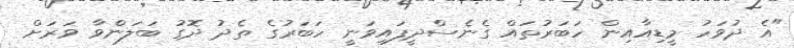
"އެ ދުވަހު މީޑިއާއިން ހަބަރުތައް ގެނެސްދީފައިވަނީ ހަބަރުގެ ތެދު ދޮގު ބަލަންވާ ވަރަށް